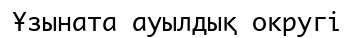
Ұзыната ауылдық округі